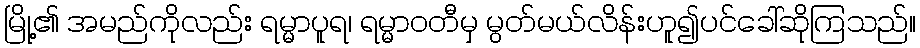
မြို့၏ အမည်ကိုလည်း ရမ္မာပူရ၊ ရမ္မာဝတီမှ မွတ်မယ်လိန်းဟူ၍ပင်ခေါ်ဆိုကြသည်။